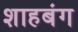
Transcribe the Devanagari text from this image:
शाहबंग